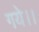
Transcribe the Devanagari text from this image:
गये।।